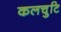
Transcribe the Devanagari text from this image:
कलचुटि